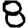
Digit: 8